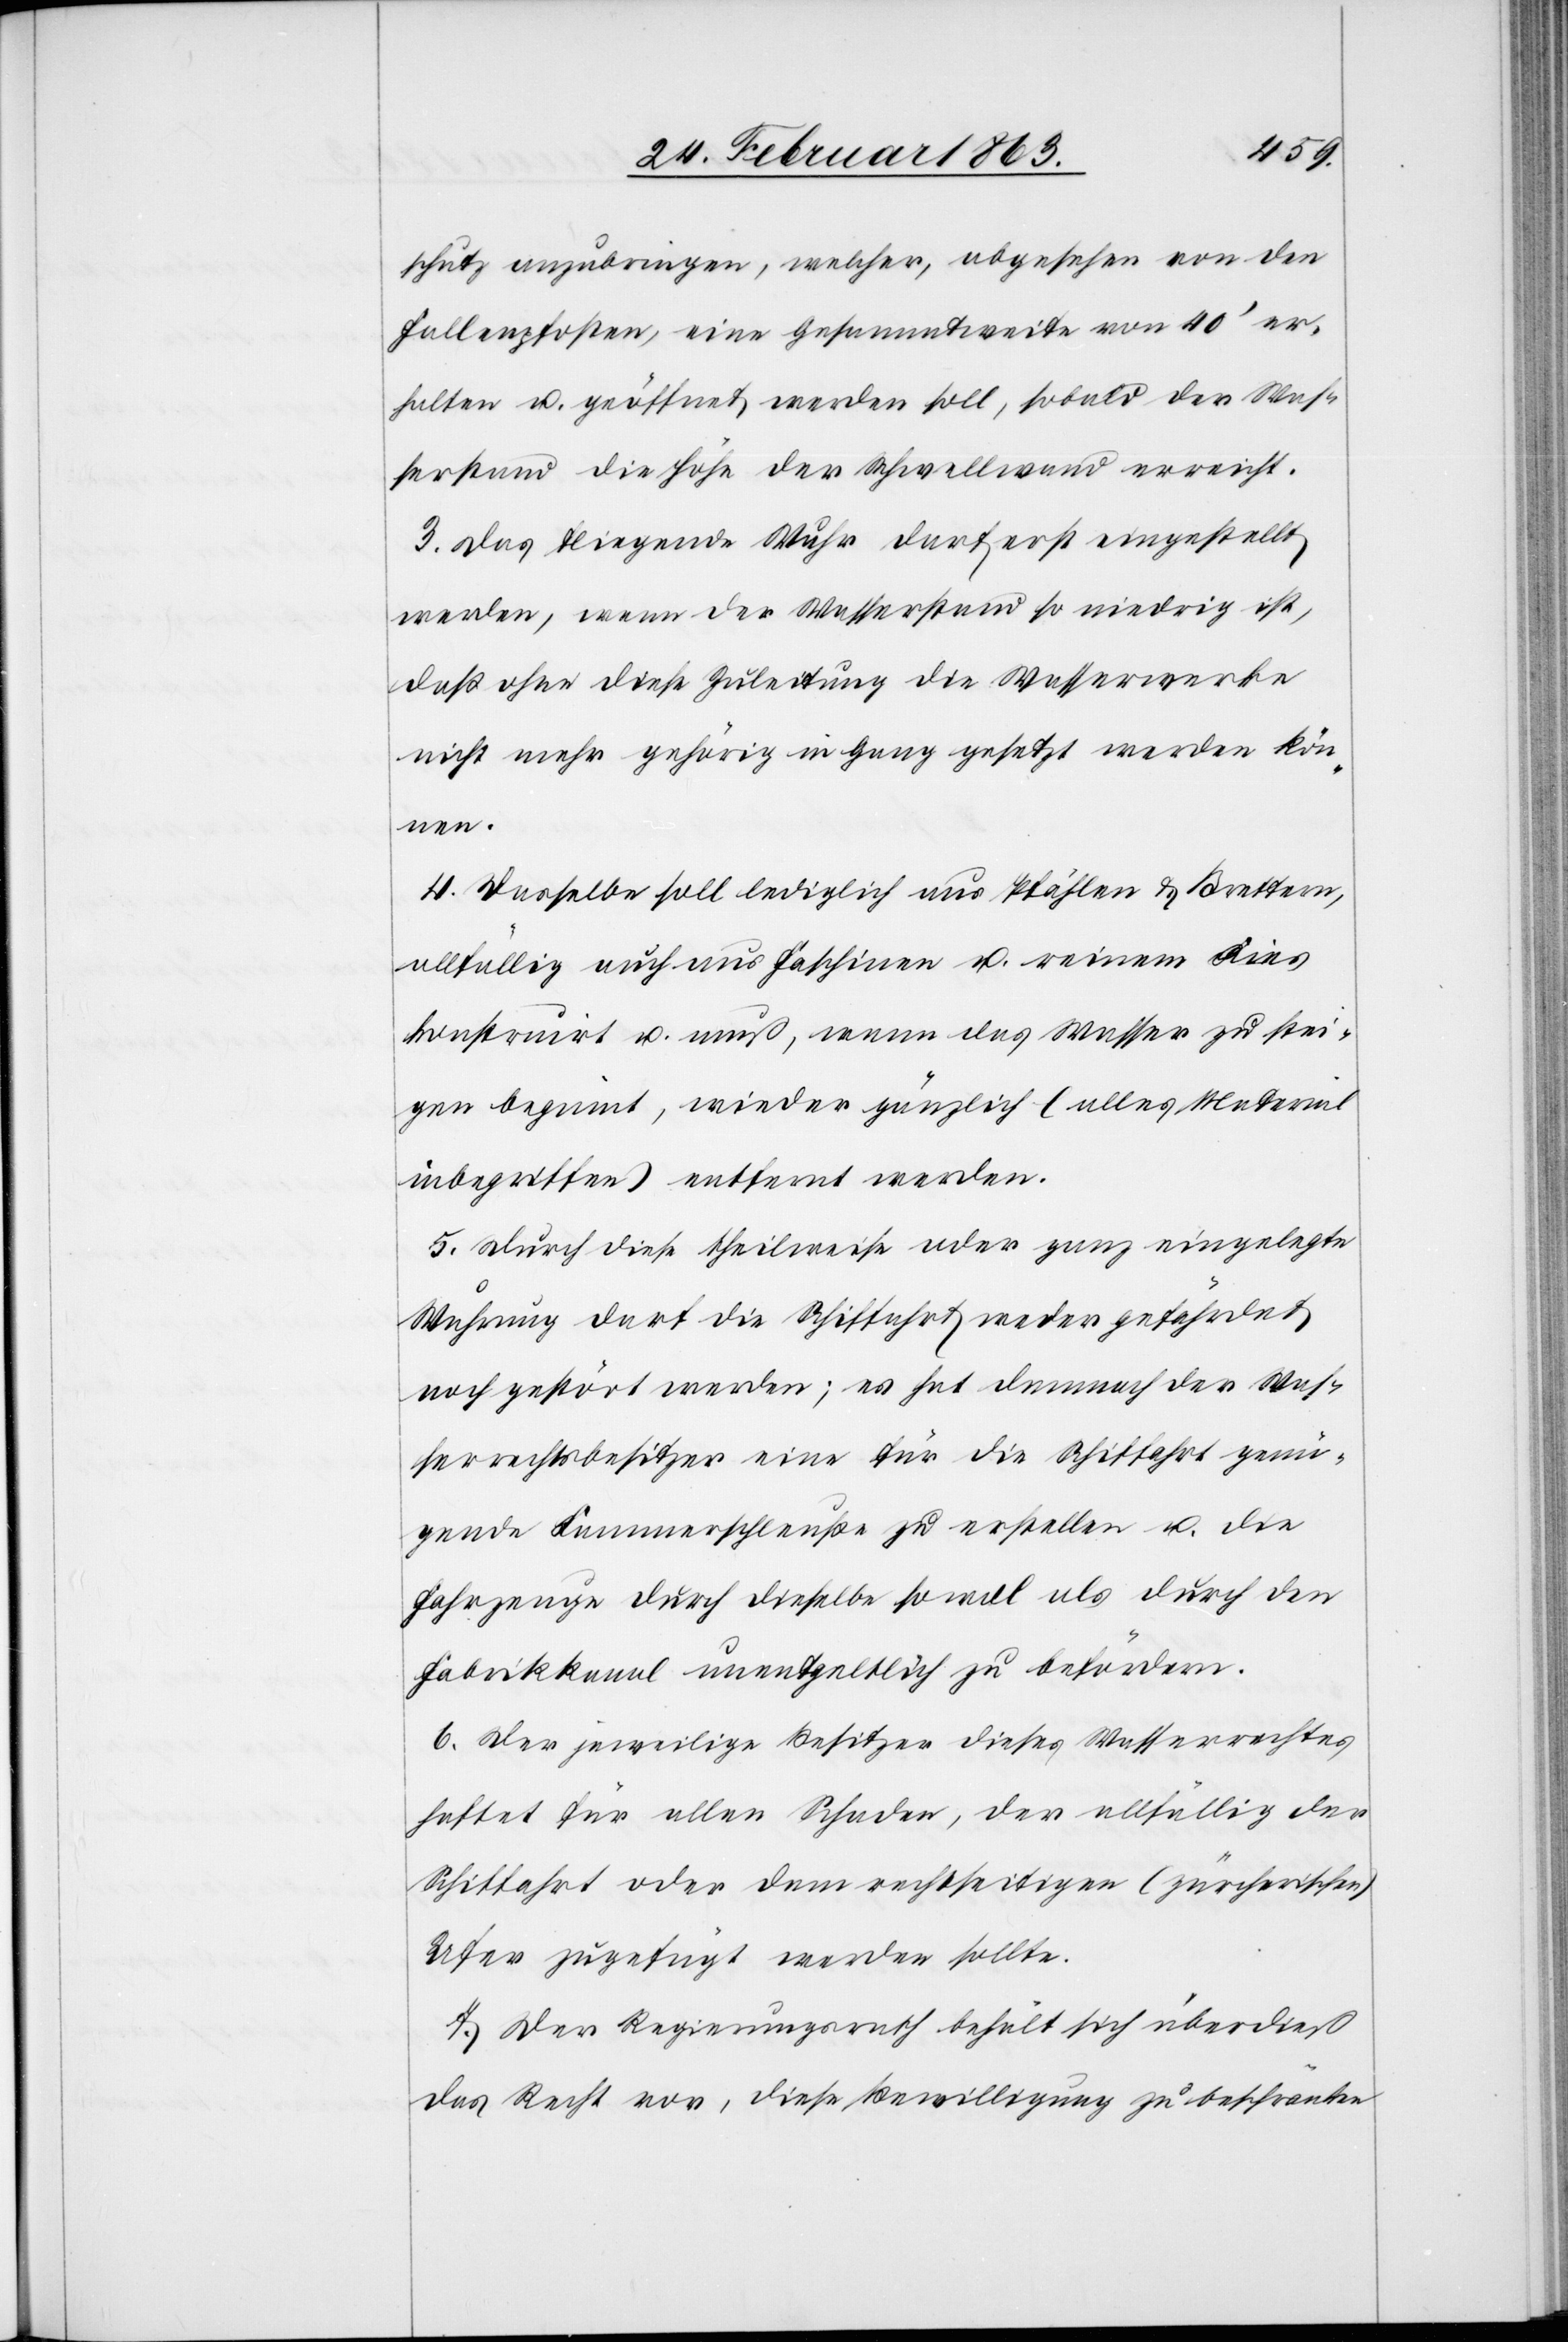
schutz anzubringen, welcher abgesehen von den
Fallenpfosten, eine Gesammtweite von 40' er¬
halten u. geöffnet werden soll, sobald der Was¬
serstand die Höhe der Schwellwand erreicht.
3. Das fliegende Wuhr darf erst eingestellt
werden, wenn der Wasserstand so niedrig ist,
daß ohne diese Zuleitung die Wasserwerke
nicht mehr gehörig in Gang gesetzt werden kön¬
nen.
4. Dasselbe soll lediglich aus Pfählen & Brettern,
allfällig auch aus Faschinen u. reinem Kies
konstruirt u. muß, wenn das Wasser zu stei¬
gen beginnt, wieder gänzlich (alles Material
inbegriffen) entfernt werden.
5. Durch diese theilweise oder ganz eingelegte
Wuhrung darf die Schiffahrt weder gefährdet
noch gestört werden; es hat demnach der Was¬
serrechtsbesitzer eine für die Schiffahrt genü¬
gende Kammerschleuße zu erstellen u. die
Fahrzeuge durch dieselbe sowol als durch den
Fabrikkanal unentgeltlich zu befördern.
6. Der jeweilige Besitzer dieses Wasserrechtes
haftet für allen Schaden, der allfällig in der
Schiffahrt oder dem rechtseitigen (zürcherischen)
Ufer zugefügt werden sollte.
7. Der Regierungsrath behält sich überdieß
das Recht vor, diese Bewilligung zu beschränken